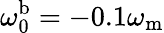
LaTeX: \omega_{\mathrm{0}}^{\mathrm{b}}=-0.1\omega_{\mathrm{m}}